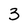
Character: 3